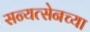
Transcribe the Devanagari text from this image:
सन्यत्सेनच्या